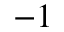
^ { - 1 }